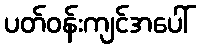
ပတ်ဝန်းကျင်အပေါ်